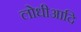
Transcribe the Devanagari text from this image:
लोधीआदि